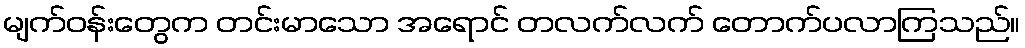
မျက်ဝန်းတွေက တင်းမာသော အရောင် တလက်လက် တောက်ပလာကြသည်။